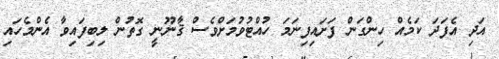
އަދި އެފަދަ ކަމެއް ހިންގަން ފަށައިފިނަމަ ހުއްޓުވުމަށްވެސް ޤާނޫނީ ގޮތުން ލިބިފައިވާ އެންމެހައި